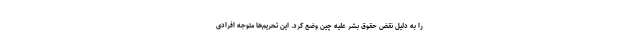
را به دلیل نقض حقوق بشر علیه چین وضع کرد. این تحریم‌ها متوجه افرادی